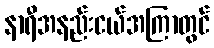
နာရီအနည်းငယ်အကြာတွင်